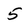
Character: 5